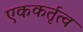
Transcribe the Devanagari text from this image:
एककर्तृत्व